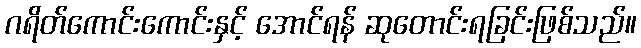
ဂရိတ်ကောင်းကောင်းနှင့် အောင်ရန် ဆုတောင်းရခြင်းဖြစ်သည်။